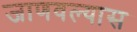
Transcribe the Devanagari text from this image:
जाणवल्यास